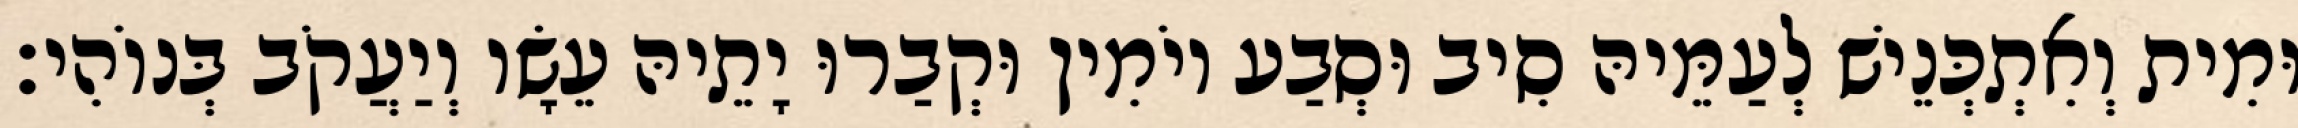
וּמִית וְאִתְכְּנֵישׁ לְעַמֵּיהּ סִיב וּסְבַע יוֹמִין וּקְבַרוּ יָתֵיהּ עֵשָׂו וְיַעֲקֹב בְּנוֹהִי׃